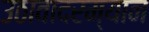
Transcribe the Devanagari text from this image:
उठावादरम्यान